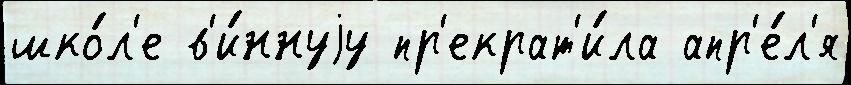
шко́л'е в'и́ннуjу пр'екрат'и́ла апр'е́л'я